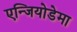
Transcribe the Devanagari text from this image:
एन्जियोडेमा